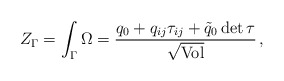
\begin{align*}Z_{\Gamma} = \int_{\Gamma} \Omega = {q_0 + q_{ij} \tau_{ij} + \tilde{q}_0\,{\rm det}\,\tau \over\sqrt{\rm Vol}}\,,\end{align*}